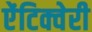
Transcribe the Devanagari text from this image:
ऐंटिक्वेरी